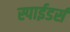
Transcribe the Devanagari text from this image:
स्पाईडर्स